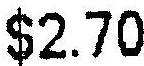
$2.70